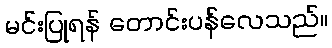
မင်းပြုရန် တောင်းပန်လေသည်။